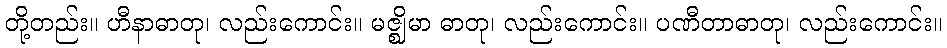
တို့တည်း။ ဟီနာဓာတု၊ လည်းကောင်း။ မဇ္ဈိမာ ဓာတု၊ လည်းကောင်း။ ပဏီတာဓာတု၊ လည်းကောင်း။